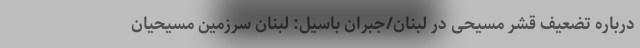
درباره تضعیف قشر مسیحی در لبنان/جبران باسیل: لبنان سرزمین مسیحیان